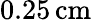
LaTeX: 0.25\, \mathrm{cm}